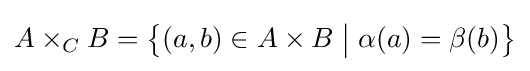
A\times _{C}B=\left\{(a,b)\in A\times B\;{\big |}\;\alpha (a)=\beta (b)\right\}